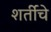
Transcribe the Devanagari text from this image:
शर्तीचे